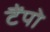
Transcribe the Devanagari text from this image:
टैंपो